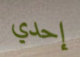
إحدي